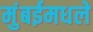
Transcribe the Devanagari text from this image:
मुंबईमधले